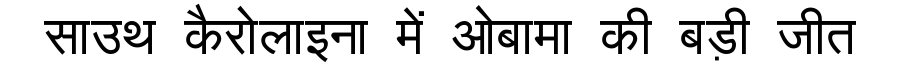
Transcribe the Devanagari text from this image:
साउथ कैरोलाइना में ओबामा की बड़ी जीत